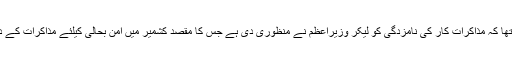
مرکزی وزیر داخلہ کا کہنا تھا کہ مذاکرات کار کی نامزدگی کو لیکر وزیراعظم نے منظوری دی ہے جس کا مقصد کشمیر میں امن بحالی کیلئے مذاکرات کے دروازے کو کھلا رکھنا ہے۔